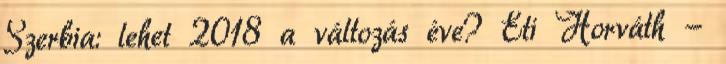
Szerbia: lehet 2018 a változás éve? Eti Horváth -